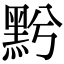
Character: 𪐭